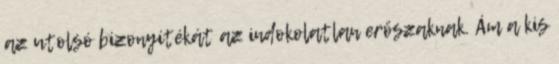
az utolsó bizonyítékát az indokolatlan erőszaknak. Ám a kis